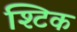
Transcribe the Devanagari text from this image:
श्टिक